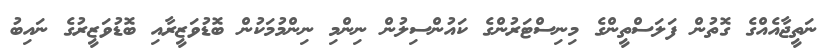
ނަތީޖާއެއްގެ ގޮތުން ފަލަސްތީންގެ މިނިސްޓަރުންގެ ކައުންސިލުން ނިންމި ނިންމުމަކުން ބޮޑުވަޒީރާއި ބޮޑުވަޒީރުގެ ނައިބު